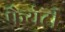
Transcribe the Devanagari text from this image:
फैयेटी